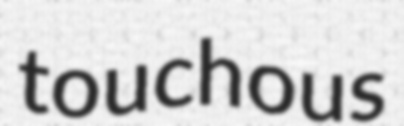
touchous